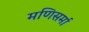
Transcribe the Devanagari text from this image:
मणिसर्मा